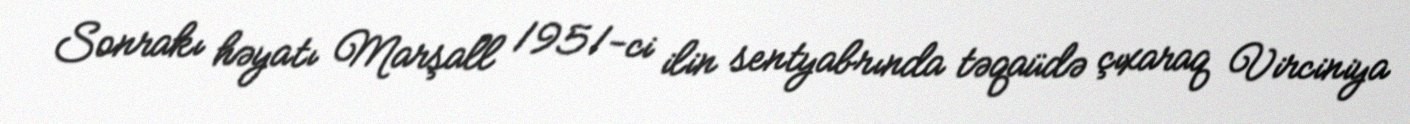
Sonrakı həyatı Marşall 1951-ci ilin sentyabrında təqaüdə çıxaraq Virciniya